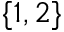
\{ 1 , 2 \}